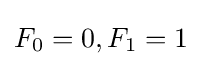
F_{0}=0,F_{1}=1